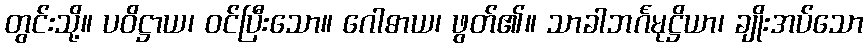
တွင်းသို့။ ပဝိဋ္ဌာယ၊ ဝင်ပြီးသော။ ဂေါဓာယ၊ ဖွတ်၏။ သာခါဘင်္ဂမုဋ္ဌိယာ၊ ချိုးအပ်သော